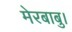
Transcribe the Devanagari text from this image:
मेरबाबु।